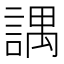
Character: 𧪓